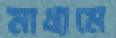
মাধামে